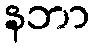
နဘာ